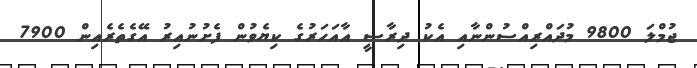
ޖުމްލަ 9800 މުދައްރިއްސުންނާއި އެކު ދިރާސީ އާއަހަރުގެ ކިޔެވުން ފެށުނުއިރު އޭގެތެރެއިން 7900